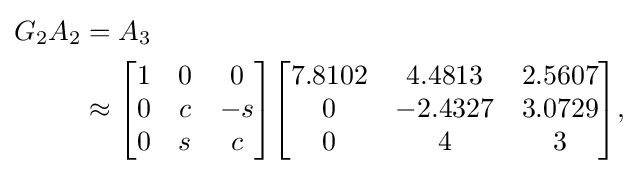
{\begin{aligned}G_{2}A_{2}&{}=A_{3}\\&{}\approx {\begin{bmatrix}1&0&0\\0&c&-s\\0&s&c\\\end{bmatrix}}{\begin{bmatrix}7.8102&4.4813&2.5607\\0&-2.4327&3.0729\\0&4&3\\\end{bmatrix}},\end{aligned}}